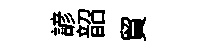
諺韶貿